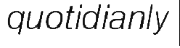
quotidianly